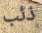
ذئب